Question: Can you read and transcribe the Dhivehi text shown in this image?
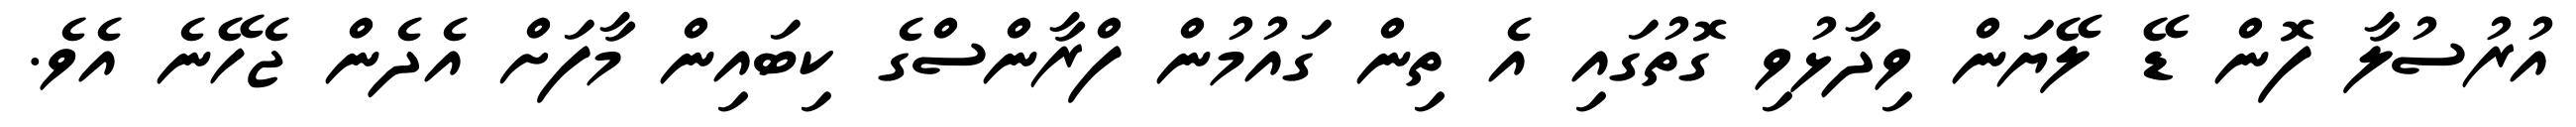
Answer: އުރުސުލާ ފޮން ޑޭ ލޭޔަން ވިދާޅުވި ގޮތުގައި އެ ތިން ގައުމުން ފްރާންސްގެ ކިބައިން މާފަށް އެދެން ޖެހޭނެ އެވެ.